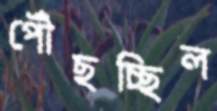
পৌঁছচ্ছিল